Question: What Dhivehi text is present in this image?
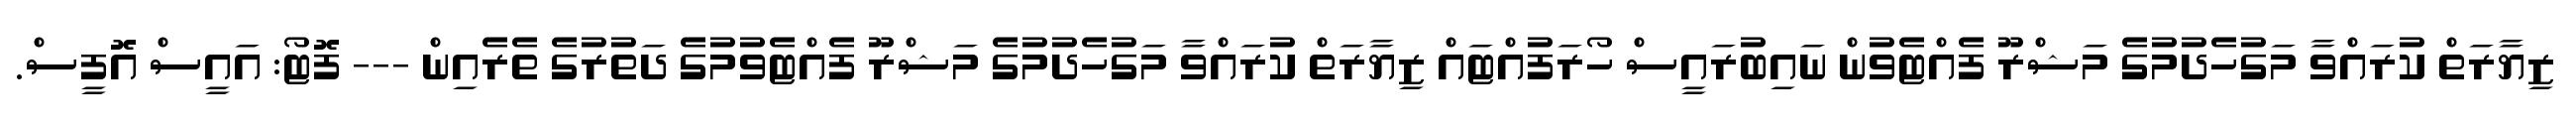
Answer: ޒިޔާރަތް ކުރައްވާ މަގުހެދުމުގެ މަޝްރޫ ފެއްޓެވުން ނައިބުރައީސް ހޯރަފުއްޓައް ޒިޔާރަތް ކުރައްވާ މަގުހެދުމުގެ މަޝްރޫ ފެއްޓެވުމުގެ ދަތުރުގެ ތެރެއިން --- ފޮޓޯ: އައީސް އޮފީސް.